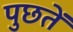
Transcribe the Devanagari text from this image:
पुछतें